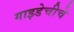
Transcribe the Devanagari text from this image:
गाइडेचीचे